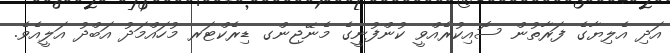
އަދި އެލިޔާގެ ފަރާތުން ސޮއިކުރެއްވީ ކުންފުނީގެ މެނޭޖިންގ ޑިރެކްޓަރ މުހައްމަދު އަބްދު އަލީއެވެ.